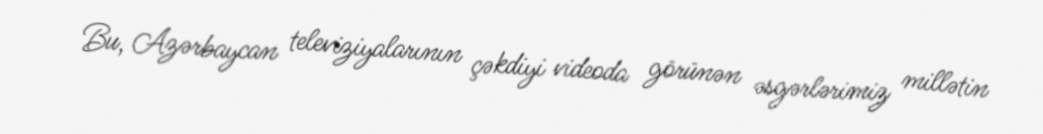
Bu, Azərbaycan televiziyalarının çəkdiyi videoda görünən əsgərlərimiz millətin